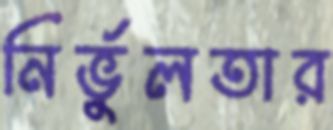
নির্ভুলতার